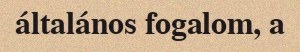
általános fogalom, a